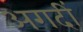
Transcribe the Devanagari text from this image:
अगदीं